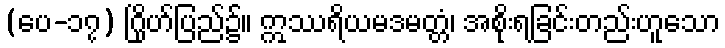
(ပေ-၁၇) ဂြိုဟ်ပြည်၌။ ဣဿရိယမဒမတ္တံ၊ အစိုးရခြင်းတည်းဟူသော